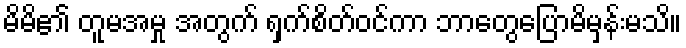
မိမိ၏ တူမအမှု အတွက် ရှက်စိတ်ဝင်ကာ ဘာတွေပြောမိမှန်းမသိ။